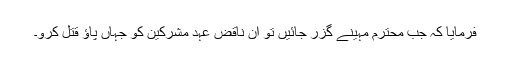
فرمایا کہ جب محترم مہینے گزر جائیں تو ان ناقض عہد مشرکین کو جہاں پاؤ قتل کرو۔